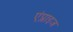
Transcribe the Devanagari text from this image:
एंप्लाइज